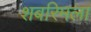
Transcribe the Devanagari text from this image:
शबरिमला